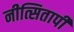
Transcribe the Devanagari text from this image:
नीत्सितापी